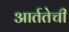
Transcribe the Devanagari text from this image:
आर्ततेची